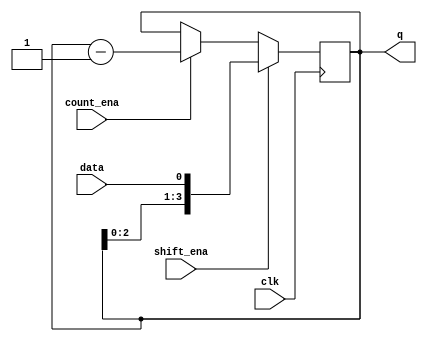
module top_module (
    input clk,
    input shift_ena,
    input count_ena,
    input data,
    output [3:0] q);
    
    reg [3:0] o_q = 4'b0 ;
    assign q = o_q ;
    
    always @(posedge clk) begin
        if(shift_ena) begin
            o_q <= {o_q[2:0] , data} ;
        end
        else if(count_ena) begin
            o_q <= o_q - 1'b1 ;
        end
        else begin
            o_q <= o_q ;
        end
    end
    
    

endmodule